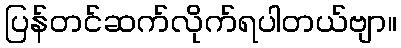
ပြန်တင်ဆက်လိုက်ရပါတယ်ဗျာ။